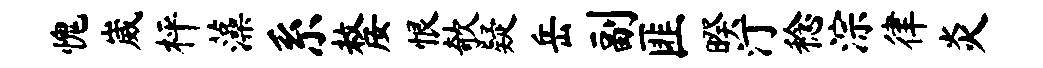
愧崴枰藻系嫠恨欹疑岳副匪暌汀稔淙律炎